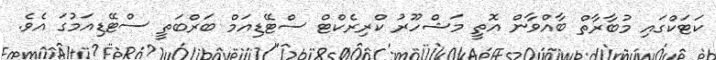
ކަޓަކްގައި މުބާރާތް ބާއްވާން އޮތީ މަޝްހޫރު ކްރިރެކްޓް ސްޓޭޑިއަމް ބަރްބަތީ ސްޓޭޑިއަމުގަ އެވެ.